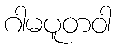
ဂါမပူတဝါ